Lunatic asylums Bombay report 1891-1903 - 1891-1903
Year: 1891
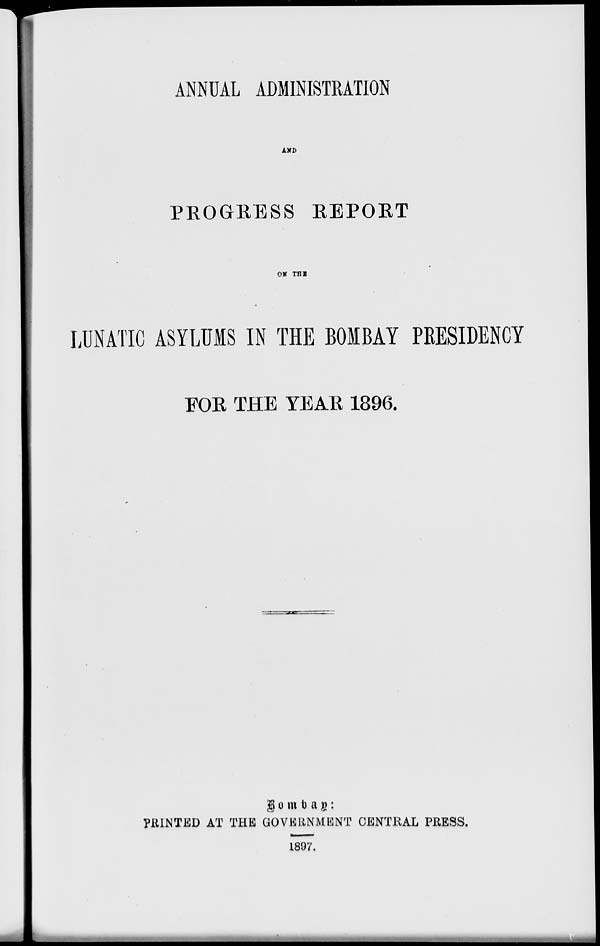
ANNUAL ADMINISTRATION
AND
PROGRESS REPORT
ON THE
LUNATIC ASYLUMS IN THE BOMBAY PRESIDENCY
FOR THE YEAR 1896.
Bombay:
PRINTED AT THE GOVERNMENT CENTRAL PRESS.
1897.